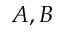
A , B